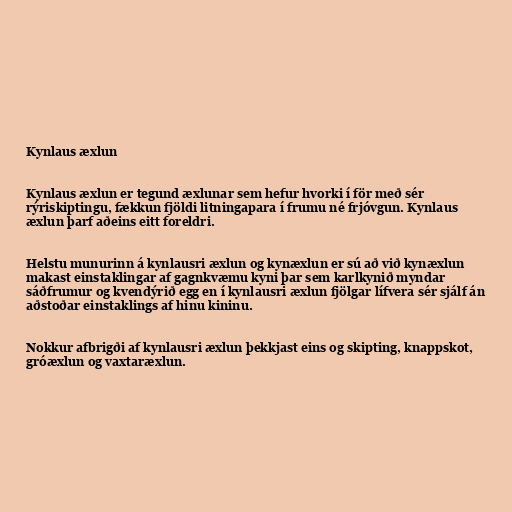
Kynlaus æxlun

Kynlaus æxlun er tegund æxlunar sem hefur hvorki í för með sér
rýriskiptingu, fækkun fjöldi litningapara í frumu né frjóvgun. Kynlaus
æxlun þarf aðeins eitt foreldri.

Helstu munurinn á kynlausri æxlun og kynæxlun er sú að við kynæxlun
makast einstaklingar af gagnkvæmu kyni þar sem karlkynið myndar
sáðfrumur og kvendýrið egg en í kynlausri æxlun fjölgar lífvera sér sjálf án
aðstoðar einstaklings af hinu kininu.

Nokkur afbrigði af kynlausri æxlun þekkjast eins og skipting, knappskot,
gróæxlun og vaxtaræxlun.